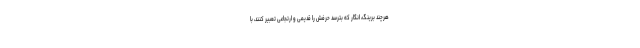
هرچند برینگ، انگار که بترسد حرفش را قدیمی و ارتجاعی تعبیر کنند، با